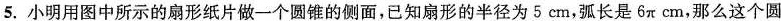
5. 小明用图中所示的扇形纸片做一个圆锥的侧面，已知扇形的半径为 5 cm，弧长是 6\pi cm，那么这个圆